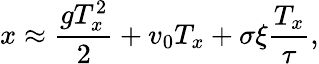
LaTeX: x\approx\frac{gT_{x}^{2}}{2}+v_{0}T_{x}+\sigma\xi\frac{T_{x}}{\tau},